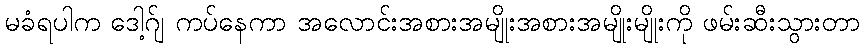
မခံရပါက ဒေါ့ဂ်ျ ကပ်နေကာ အလောင်းအစားအမျိုးအစားအမျိုးမျိုးကို ဖမ်းဆီးသွားတာ